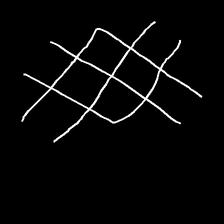
Glyph: crystal